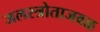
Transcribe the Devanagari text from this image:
जलस्त्रोताजवळ